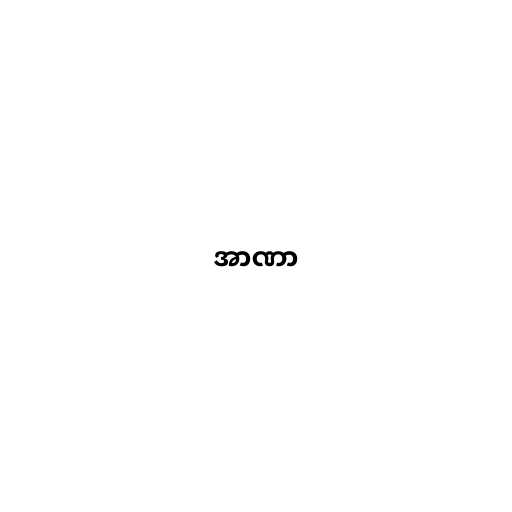
အာဏာ